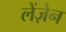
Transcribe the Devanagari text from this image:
लेंज़ेन